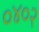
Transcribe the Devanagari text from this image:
०४०२